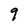
Character: 9